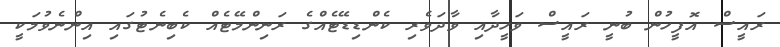
ރައީސް އޮފީހުން ބުނީ ރައީސް ވަހީދާއި ވާދަވެރި ކެންޑިޑޭޓެއްގެ ރަނިންމޭޓެއް ކެބިނެޓުގައި އިންނެވުމަކީ